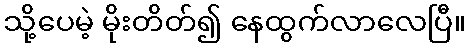
သို့ပေမဲ့ မိုးတိတ်၍ နေထွက်လာလေပြီ။